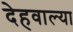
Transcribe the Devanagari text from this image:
देहवाल्या